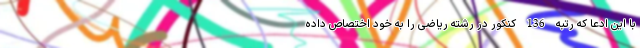
با این ادعا که رتبه 136 کنکور در رشته ریاضی را به خود اختصاص داده